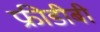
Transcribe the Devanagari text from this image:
फ्रीडीबी